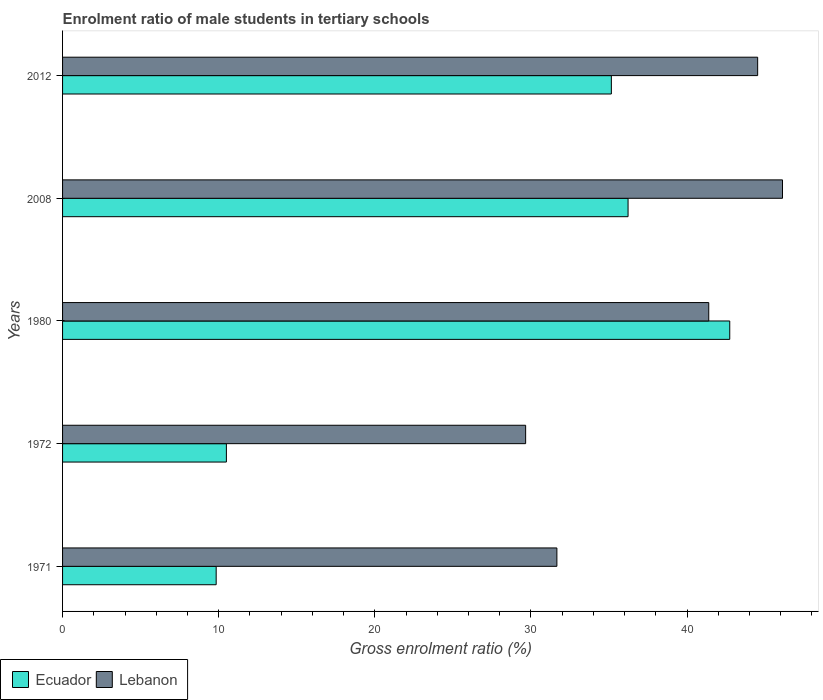
| Years | Ecuador | Lebanon |
 | --- | --- | --- |
 | 1971 | 9.84 | 31.7 |
 | 1972 | 10.5 | 29.7 |
 | 1980 | 42.7 | 41.4 |
 | 2008 | 36.2 | 46.1 |
 | 2012 | 35.2 | 44.5 |